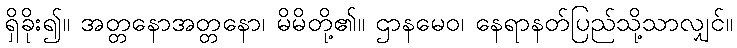
ရှိခိုး၍။ အတ္တနောအတ္တနော၊ မိမိတို့၏။ ဌာနမေဝ၊ နေရာနတ်ပြည်သို့သာလျှင်။